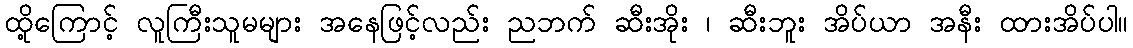
ထို့ကြောင့် လူကြီးသူမများ အနေဖြင့်လည်း ညဘက် ဆီးအိုး ၊ ဆီးဘူး အိပ်ယာ အနီး ထားအိပ်ပါ။